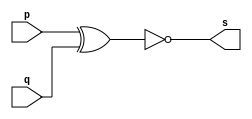
// ------------------------- 
// Exemplo0008 - xnor 
// Nome: Oswaldo Oliveira Paulino
// ------------------------- 

// --------------------- 
// -- xnor gate 
// --------------------- 

module xnorgate (output s, input p, input q); 
	assign s = ~(p ^ q); 
endmodule // xnor

// --------------------- 
// -- test xnorgate 
// --------------------- 

module testxnorgate; 

// ------------------------- dados locais 
	reg a,b; // definir registrador 
	wire s; // definir conexao (fio) 
	
// ------------------------- instancia 
xnorgate XNOR1 (s, a, b); 

// ------------------------- preparacao 
initial begin:start 
	a=0;
	b=0;
end 

// ------------------------- parte principal 
initial begin:main 
	$display("Exemplo0006 - Oswaldo Oliveira Paulino - 382175"); 
	$display("Test xnor gate"); 
	$display("\n (a ^ b)' = s\n"); 
	$monitor("%b ^ %b = %b", a, b, s); 
	#1 a=0; b=0; 
	#1 a=0; b=1; 
	#1 a=1; b=0; 
	#1 a=1; b=1; 
end 

endmodule // testxnorgate 

// ------------------------------ documentacao complementar
/*
    Exemplo0008 - Oswaldo Oliveira Paulino - 382175
    Test xnor gate
    
   (a ^ b)' = s
    
    0 ^ 0 = 1
    0 ^ 1 = 0
    1 ^ 0 = 0
    1 ^ 1 = 1
*/